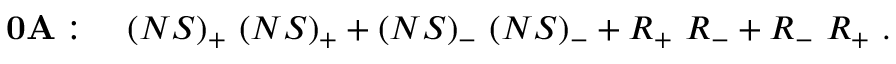
{ \bf 0 A } : \quad ( N S ) _ { + } \ ( N S ) _ { + } + ( N S ) _ { - } \ ( N S ) _ { - } + R _ { + } \ R _ { - } + R _ { - } \ R _ { + } \ .